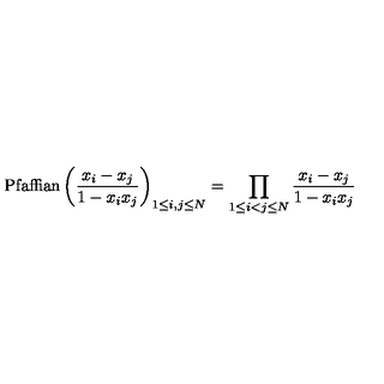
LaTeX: \mathrm { P f a f f i a n } \left( { \frac { x _ { i } - x _ { j } } { 1 - x _ { i } x _ { j } } } \right) _ { 1 \le i , j \le N } = \prod _ { 1 \le i < j \le N } { \frac { x _ { i } - x _ { j } } { 1 - x _ { i } x _ { j } } }